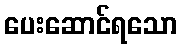
ပေးဆောင်ရသော